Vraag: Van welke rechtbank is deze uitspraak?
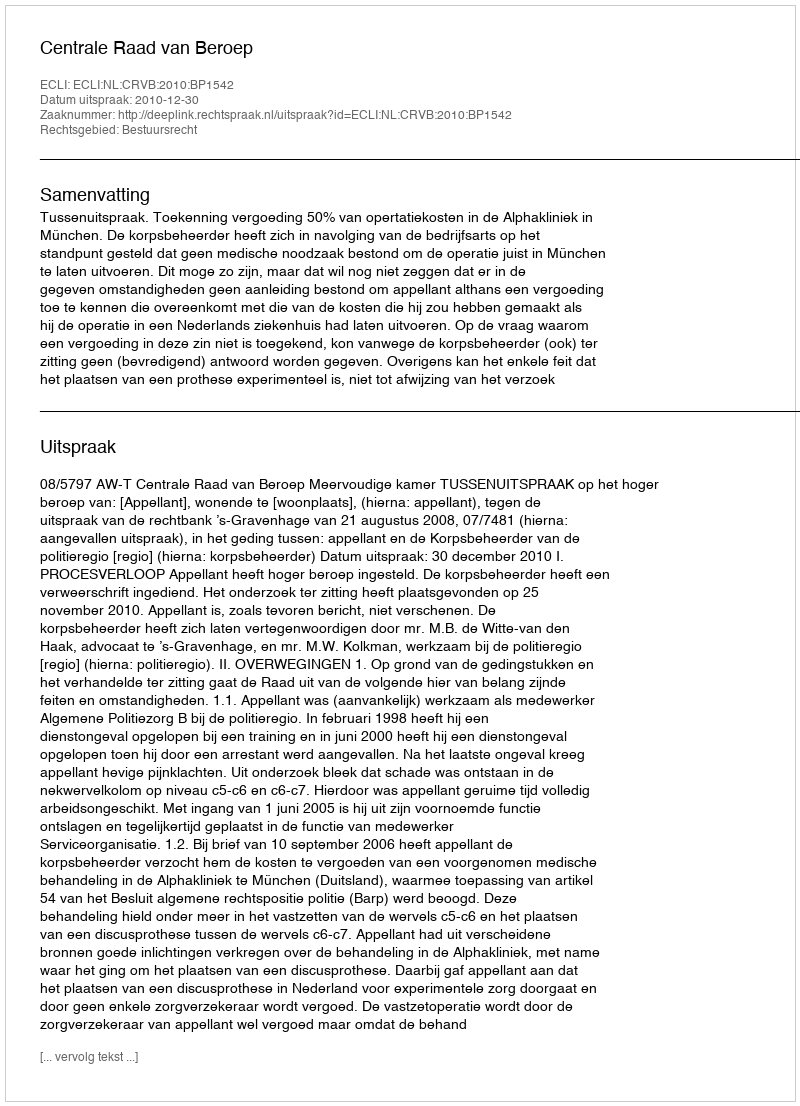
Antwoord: Centrale Raad van Beroep